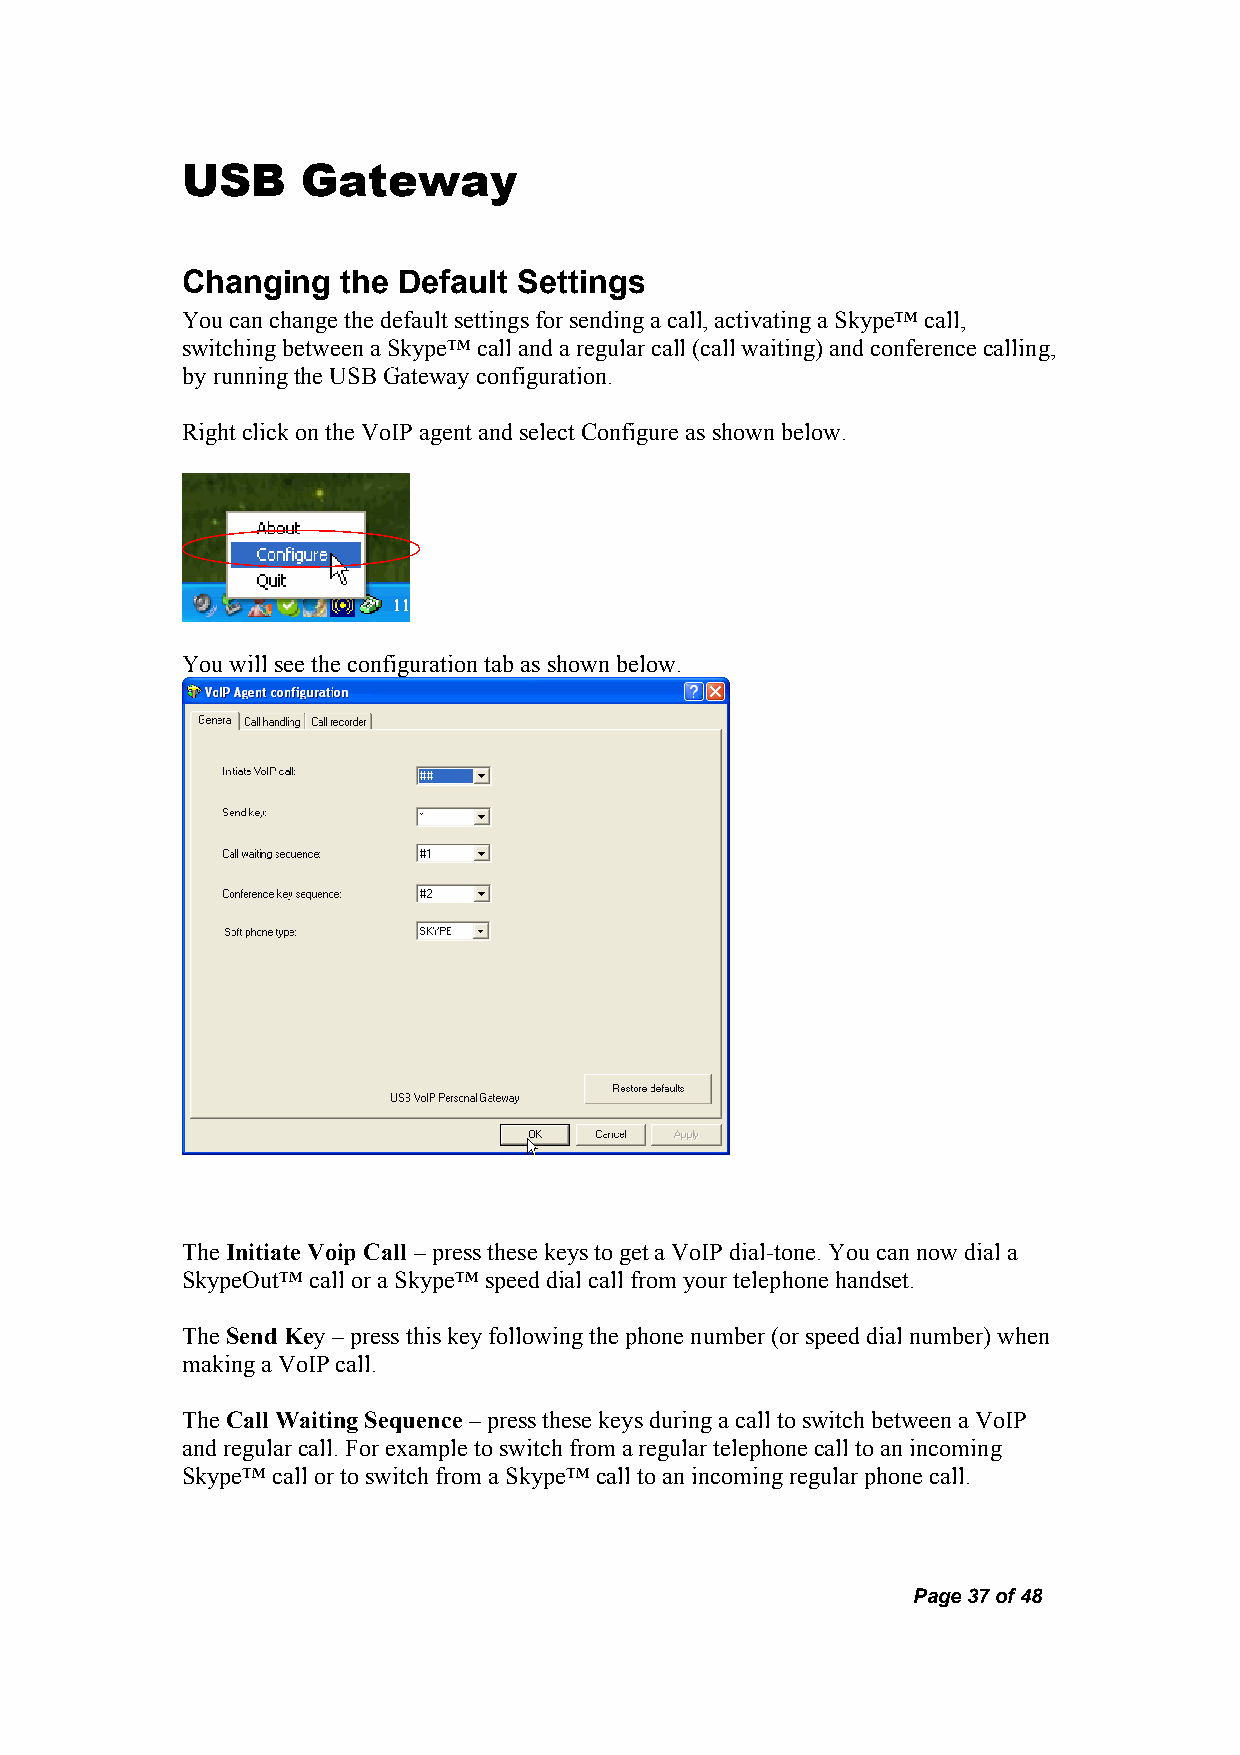
USB     Gateway
 Changing   the Default Settings
 You can change the default settings for sending a call, activating a Skype™ call,
 switching between a Skype™ call and a regular call (call waiting) and conference calling,
 by running the USB Gateway configuration.
 Right click on the VoIP agent and select Configure as shown below.
 You will see the configuration tab as shown below.
 The Initiate Voip Call – press these keys to get a VoIP dial-tone. You can now dial a
 SkypeOut™ call or a Skype™ speed dial call from your telephone handset.
 The Send Key – press this key following the phone number (or speed dial number) when
 making a VoIP call.
 The Call Waiting Sequence – press these keys during a call to switch between a VoIP
 and regular call. For example to switch from a regular telephone call to an incoming
 Skype™ call or to switch from a Skype™ call to an incoming regular phone call.
 Page 37 of 48